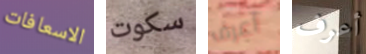
الاسعافات سكوت أعرف أعرف